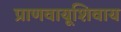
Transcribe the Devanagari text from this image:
प्राणवायूशिवाय